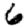
Digit: 6